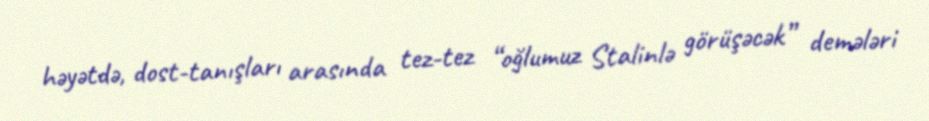
həyətdə, dost-tanışları arasında tez-tez “oğlumuz Stalinlə görüşəcək” demələri